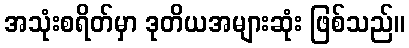
အသုံးစရိတ်မှာ ဒုတိယအများဆုံး ဖြစ်သည်။